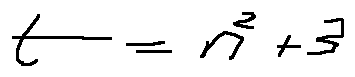
t = n ^ { 2 } + 3